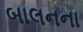
બાલનના